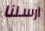
ارسلنا